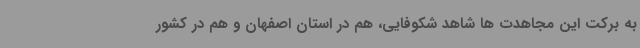
به برکت این مجاهدت ها شاهد شکوفایی، هم در استان اصفهان و هم در کشور